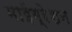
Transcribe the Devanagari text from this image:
माईग्रेशन